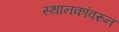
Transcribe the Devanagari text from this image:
स्थानकांवरुन